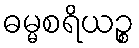
ဓမ္မစရိယဉ္စ